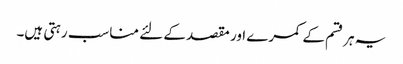
یہ ہرقسم کے کمرے اور مقصد کے لئے مناسب رہتی ہیں۔